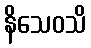
နိသေဝသိ